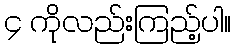
၄ ကိုလည်းကြည့်ပါ။